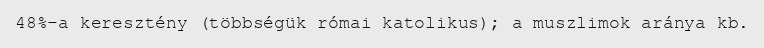
48%-a keresztény (többségük római katolikus); a muszlimok aránya kb.